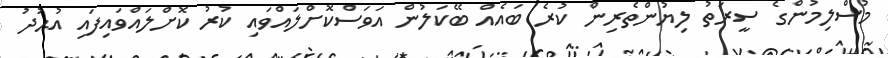
މުސްލިމުންގެ ސީރަތު ލިޔުންތެރިން ކުރެ ބައެއް ބޭކަލުން އަވަސްކޮށްލައްވައި ކުރު ކޮށްލައްވައިފައި އުޙުދު